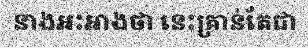
នាងអះអាងថា នេះគ្រាន់តែជា